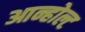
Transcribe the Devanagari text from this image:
आन्होल्ट